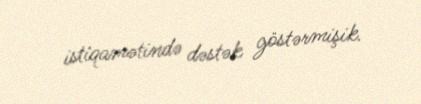
istiqamətində dəstək göstərmişik.